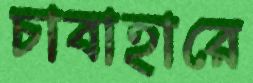
চাবাহারে